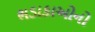
ભડાકાઓનો